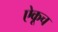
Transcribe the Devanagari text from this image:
ऐकूच